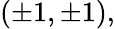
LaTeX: (\pm 1,\pm 1),